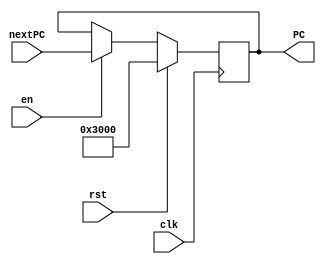
`timescale 1ns / 1ps
//////////////////////////////////////////////////////////////////////////////////
// Company: 
// Engineer: 
// 
// Design Name: 
// Module Name:    PC 
// Project Name: 
// Target Devices: 
// Tool versions: 
// Description: 
//
// Dependencies: 
//
// Revision: 
// Revision 0.01 - File Created
// Additional Comments: 
//
//////////////////////////////////////////////////////////////////////////////////
module PC(
    input clk,
    input rst,
    input en,
    input [31:0] nextPC,
    output reg [31:0] PC
    );
always @(posedge clk) begin
	if (rst) begin
		// reset
		PC <= 'h0000_3000;
	end
	else if (en) begin
		PC <= nextPC;
	end else begin
		PC <= PC;
	end
end

endmodule